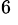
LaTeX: ^{6\, }